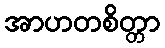
အာဟတစိတ္တာ